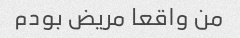
من واقعا مریض بودم